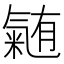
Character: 𭯴